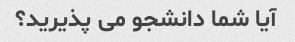
آیا شما دانشجو می پذیرید؟